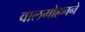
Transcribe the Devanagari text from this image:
बालमोहनने